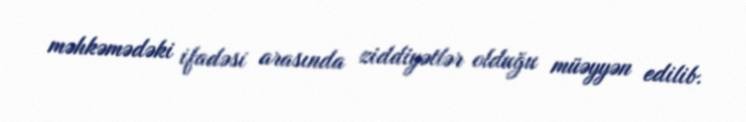
məhkəmədəki ifadəsi arasında ziddiyətlər olduğu müəyyən edilib.